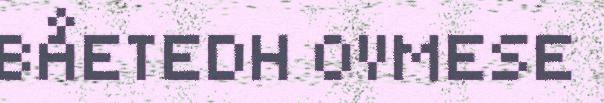
BÅETEDH OVMESE